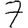
Digit: 7